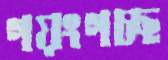
গয়ংগচ্ছ